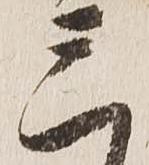
三